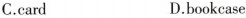
C.card D.bookcase